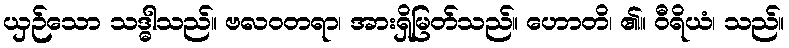
ယှဉ်သော သဒ္ဓါသည်။ ဗလဝတရာ၊ အားရှိမြတ်သည်။ ဟောတိ၊ ၏။ ဝီရိယံ၊ သည်။